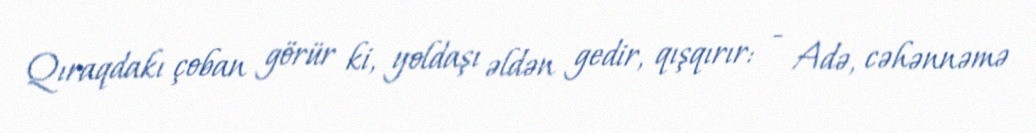
Qıraqdakı çoban görür ki, yoldaşı əldən gedir, qışqırır: - Adə, cəhənnəmə